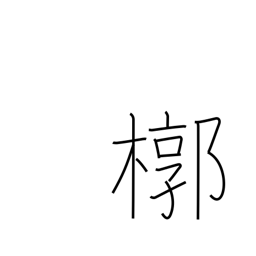
Meaning: outer box for a coffin